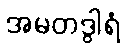
အမတဒွါရံ